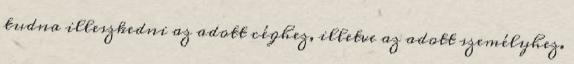
tudna illeszkedni az adott céghez, illetve az adott személyhez.